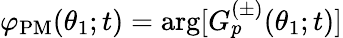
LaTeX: \varphi_{\mathrm{PM}}(\theta_{1};t)=\arg[G_{p}^{(\pm)}(\theta_{1};t)]